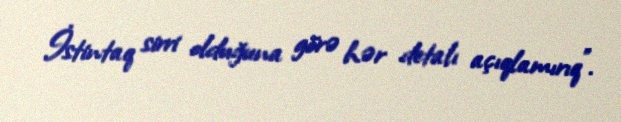
İstintaq sirri olduğuna görə hər detalı açıqlamırıq”.